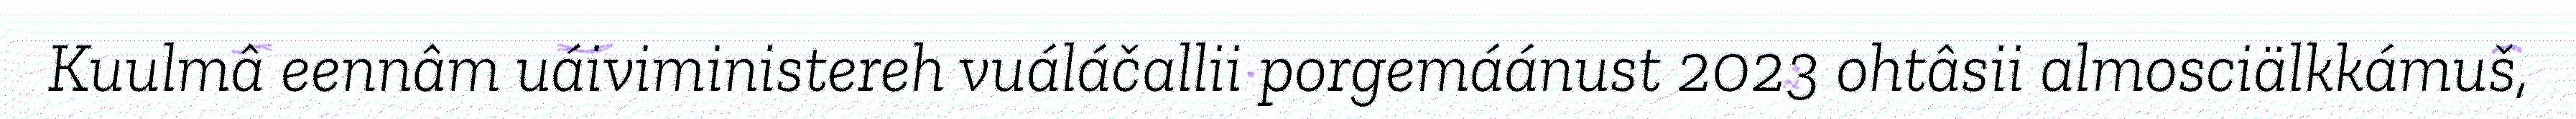
Kuulmâ eennâm uáiviministereh vuáláčallii porgemáánust 2023 ohtâsii almosciälkkámuš,